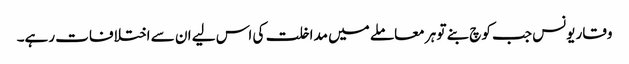
وقار یونس جب کوچ بنے تو ہر معاملے میں مداخلت کی اس لیے ان سے اختلافات رہے۔